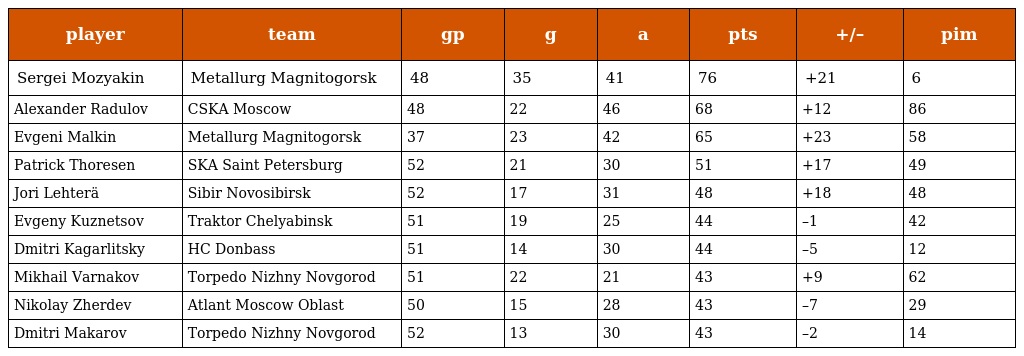
| player | team | gp | g | a | pts | +/– | pim |
 | --- | --- | --- | --- | --- | --- | --- | --- |
 | Sergei Mozyakin | Metallurg Magnitogorsk | 48 | 35 | 41 | 76 | +21 | 6 |
 | Alexander Radulov | CSKA Moscow | 48 | 22 | 46 | 68 | +12 | 86 |
 | Evgeni Malkin | Metallurg Magnitogorsk | 37 | 23 | 42 | 65 | +23 | 58 |
 | Patrick Thoresen | SKA Saint Petersburg | 52 | 21 | 30 | 51 | +17 | 49 |
 | Jori Lehterä | Sibir Novosibirsk | 52 | 17 | 31 | 48 | +18 | 48 |
 | Evgeny Kuznetsov | Traktor Chelyabinsk | 51 | 19 | 25 | 44 | –1 | 42 |
 | Dmitri Kagarlitsky | HC Donbass | 51 | 14 | 30 | 44 | –5 | 12 |
 | Mikhail Varnakov | Torpedo Nizhny Novgorod | 51 | 22 | 21 | 43 | +9 | 62 |
 | Nikolay Zherdev | Atlant Moscow Oblast | 50 | 15 | 28 | 43 | –7 | 29 |
 | Dmitri Makarov | Torpedo Nizhny Novgorod | 52 | 13 | 30 | 43 | –2 | 14 |